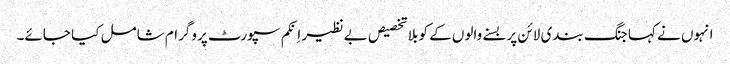
انہوں نے کہا جنگ بندی لائن پر بسنے والوں کے کو بلا تخصیص بے نظیر اِنکم سپورٹ پروگرام شامل کیا جائے۔